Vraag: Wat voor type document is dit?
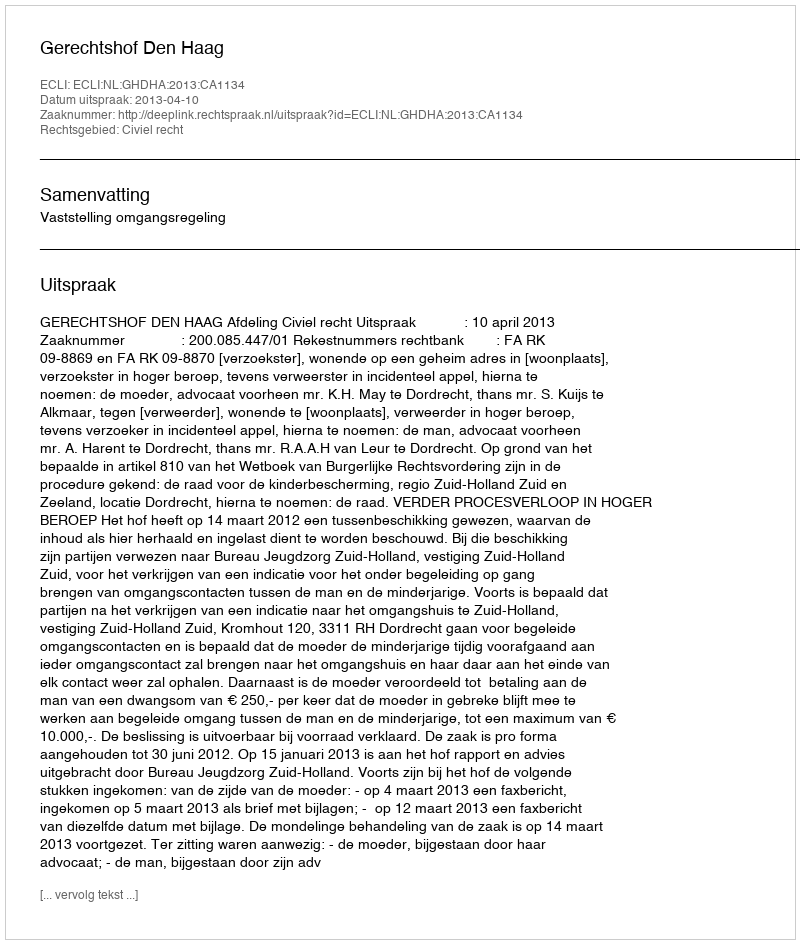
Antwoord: Uitspraak